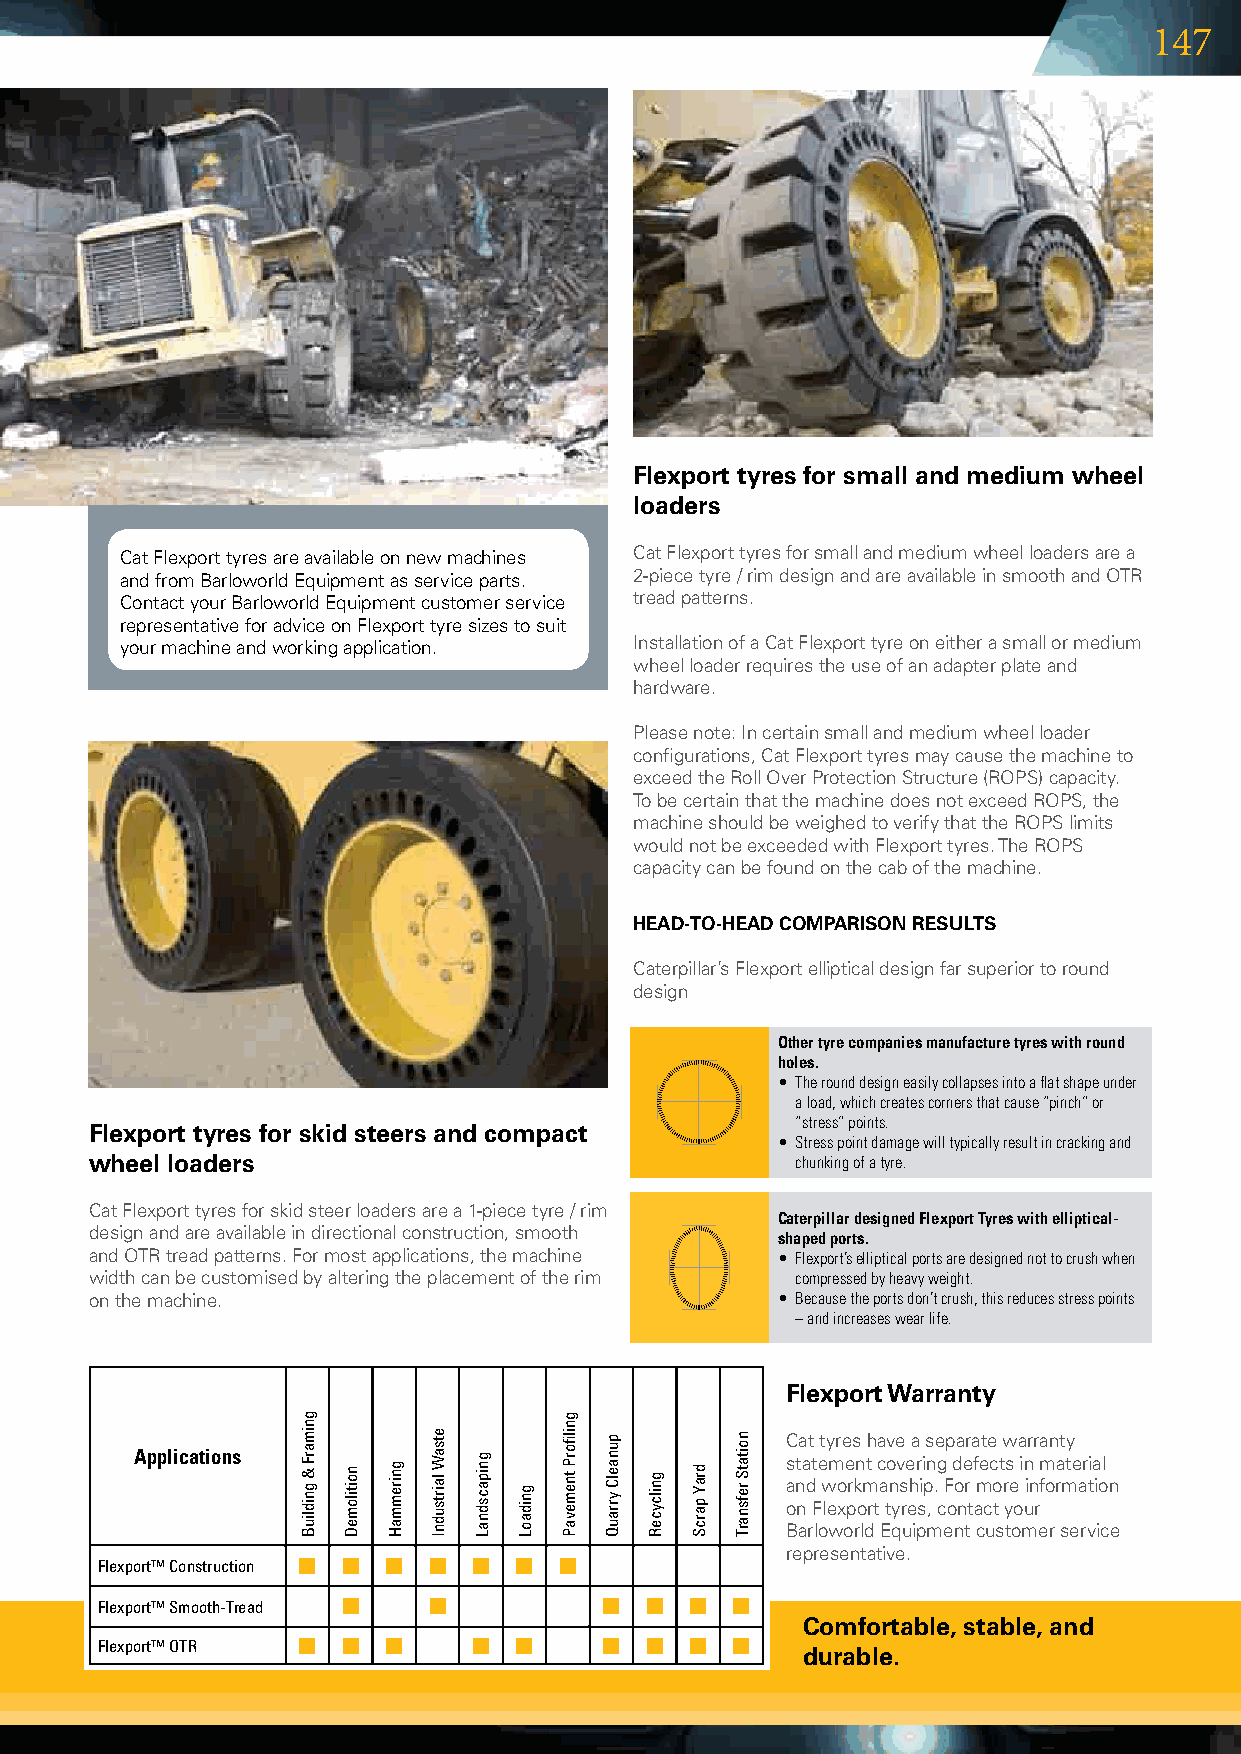
147
 Flexport tyres for small and medium wheel
 loaders
 CatFlexporttyresareavailableonnewmachines CatFlexporttyresforsmallandmediumwheelloadersarea
 andfromBarloworldEquipmentasserviceparts. 2-piecetyre/rimdesignandareavailableinsmoothandOTR
 ContactyourBarloworldEquipmentcustomerservice treadpatterns.
 representativeforadviceonFlexporttyresizestosuit
 yourmachineandworkingapplication. InstallationofaCatFlexporttyreoneitherasmallormedium
 wheelloaderrequirestheuseofanadapterplateand
 hardware.
 Pleasenote:Incertainsmallandmediumwheelloader
 configurations,CatFlexporttyresmaycausethemachineto
 exceedtheRollOverProtectionStructure(ROPS)capacity.
 TobecertainthatthemachinedoesnotexceedROPS,the
 machineshouldbeweighedtoverifythattheROPSlimits
 wouldnotbeexceededwithFlexporttyres.TheROPS
 capacitycanbefoundonthecabofthemachine.
 HEAD-TO-HEAD COMPARISON RESULTS
 Caterpillar’sFlexportellipticaldesignfarsuperiortoround
 design
 other tyre companies manufacture tyres with round
 holes.
 • The round design easily collapses into a flat shape under
 a load, which creates corners that cause “pinch” or
 “stress” points.
 Flexport tyres for skid steers and compact
 • Stress point damage will typically result in cracking and
 wheel loaders                                  chunking of a tyre.
 CatFlexporttyresforskidsteerloadersarea1-piecetyre/rim
 Caterpillar designed Flexport Tyres with elliptical-
 designandareavailableindirectionalconstruction,smooth shaped ports.
 andOTRtreadpatterns.Formostapplications,themachine • Flexport’s elliptical ports are designed not to crush when
 widthcanbecustomisedbyalteringtheplacementoftherim compressed by heavy weight.
 onthemachine.                              • Because the ports don’t crush, this reduces stress points
 – and increases wear life.
 Flexport Warranty
 Cattyreshaveaseparatewarranty
 Applications                               statementcoveringdefectsinmaterial andworkmanship.Formoreinformation
 onFlexporttyres,contactyour
 BarloworldEquipmentcustomerservice
 representative.
 Flexport™ Construction
 Flexport™ Smooth-Tread
 Comfortable, stable, and
 Flexport™ OTR
 durable.
 gnimarF
 & gnidliuB noitilomeD gniremmaH
 etsaW
 lairtsudnI gnipacsdnaL gnidaoL
 gnilfiorP
 tnemevaP
 punaelC
 yrrauQ
 gnilcyceR draY
 parcS
 noitatS
 refsnarT